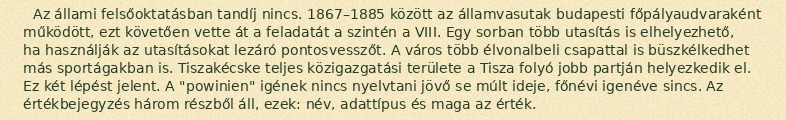
Az állami felsőoktatásban tandíj nincs. 1867–1885 között az államvasutak budapesti főpályaudvaraként működött, ezt követően vette át a feladatát a szintén a VIII. Egy sorban több utasítás is elhelyezhető, ha használják az utasításokat lezáró pontosvesszőt. A város több élvonalbeli csapattal is büszkélkedhet más sportágakban is. Tiszakécske teljes közigazgatási területe a Tisza folyó jobb partján helyezkedik el. Ez két lépést jelent. A "powinien" igének nincs nyelvtani jövő se múlt ideje, főnévi igenéve sincs. Az értékbejegyzés három részből áll, ezek: név, adattípus és maga az érték.